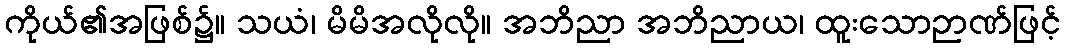
ကိုယ်၏အဖြစ်၌။ သယံ၊ မိမိအလိုလို။ အဘိညာ အဘိညာယ၊ ထူးသောဉာဏ်ဖြင့်